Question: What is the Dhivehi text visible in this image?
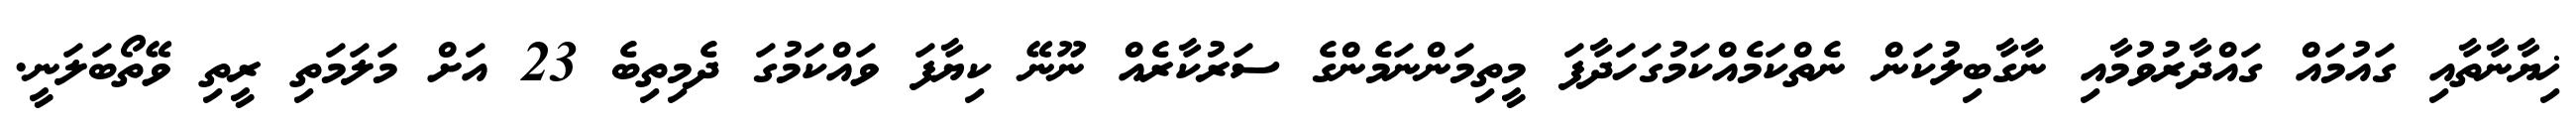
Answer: ޚިޔާނާތާއި ގައުމައް ގައްދާރުވުމާއި ނާގާބިލުކަން ނެތްކަމެއްކަމުގަހަދާފަ މީތިމަންނަމެންގެ ސަރުކާރެއް ނޫނޭ ކިޔާފަ ވައްކަމުގަ ދެމިތިބެ 23 އަށް މަލަމަތި ރީތި ވޭތޯބަލަނީ.